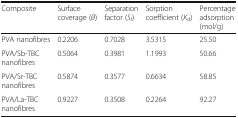
| Composite | Surface coverage (θ) | Separation factor (Sf) | Sorption coefficient (Kd) | Percentage adsorption (mol/g) |
 | --- | --- | --- | --- | --- |
 | PVA nanofibres | 0.2206 | 0.7028 | 3.5315 | 25.50 |
 | PVA/Sb-TBC nanofibres | 0.5064 | 0.3981 | 1.1993 | 50.66 |
 | PVA/Sr-TBC nanofibres | 0.5874 | 0.3577 | 0.6634 | 58.85 |
 | PVA/La-TBC nanofibres | 0.9227 | 0.3508 | 0.2264 | 92.27 |